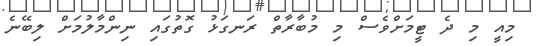
މިއީ މި ދެ ޓީމަށްވެސް މި މުބާރާތް ރަނގަޅު ގޮތުގައި ނިންމާލުމަށް ލިބޭނެ